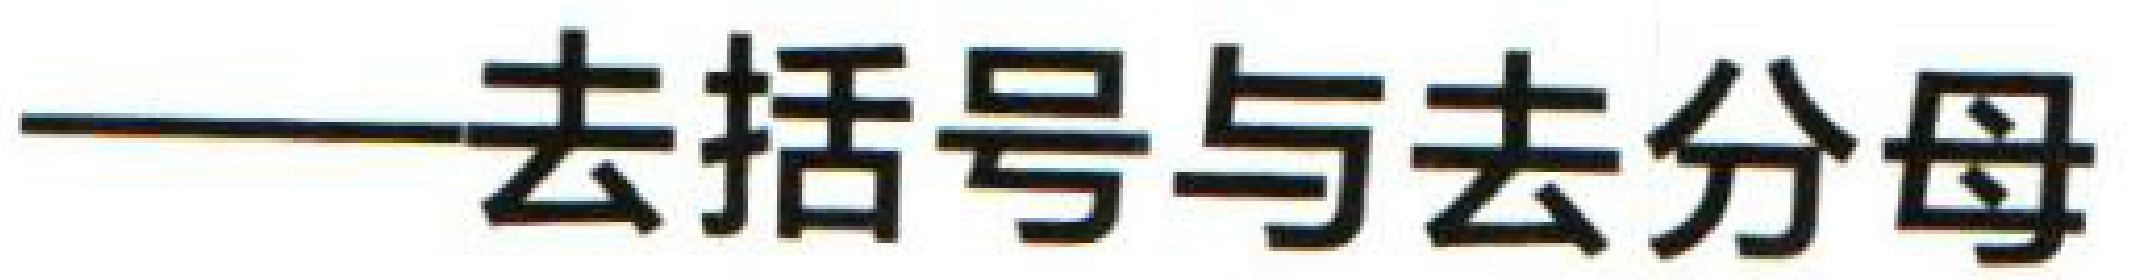
——去括号与去分母